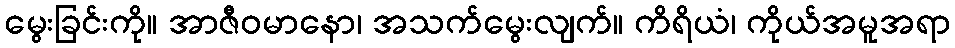
မွေးခြင်းကို။ အာဇီဝမာနော၊ အသက်မွေးလျက်။ ကိရိယံ၊ ကိုယ်အမူအရာ